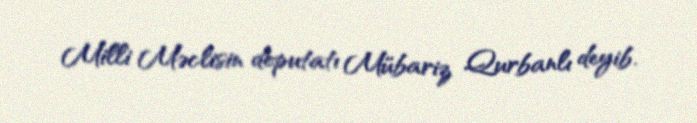
Milli Məclisin deputatı Mübariz Qurbanlı deyib.